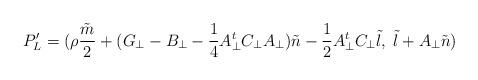
LaTeX: \begin{align*}P^{\prime}_{L} = ({\rho}\frac{\tilde m}{2}+(G_{\bot}-B_{\bot}-\frac{1}{4}A_{\bot}^{t}C_{\bot}A_{\bot}){\tilde n}-\frac{1}{2}A_{\bot}^{t}C_{\bot}{\tilde l},\;{\tilde l}+A_{\bot} {\tilde n})\end{align*}